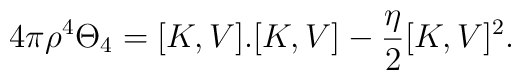
4\pi\rho^{4}\Theta_{4}=[K,V].[K,V]-\frac{\eta}{2}[K,V]^{2}.